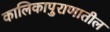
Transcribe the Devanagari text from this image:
कालिकापुराणातील